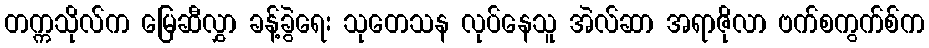
တက္ကသိုလ်က မြေဆီလွှာ ခန့်ခွဲရေး သုတေသန လုပ်နေသူ အဲလ်ဆာ အရာဇိုလာ ဗက်စကွက်စ်က